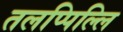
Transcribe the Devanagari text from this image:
तलप्पिल्लि